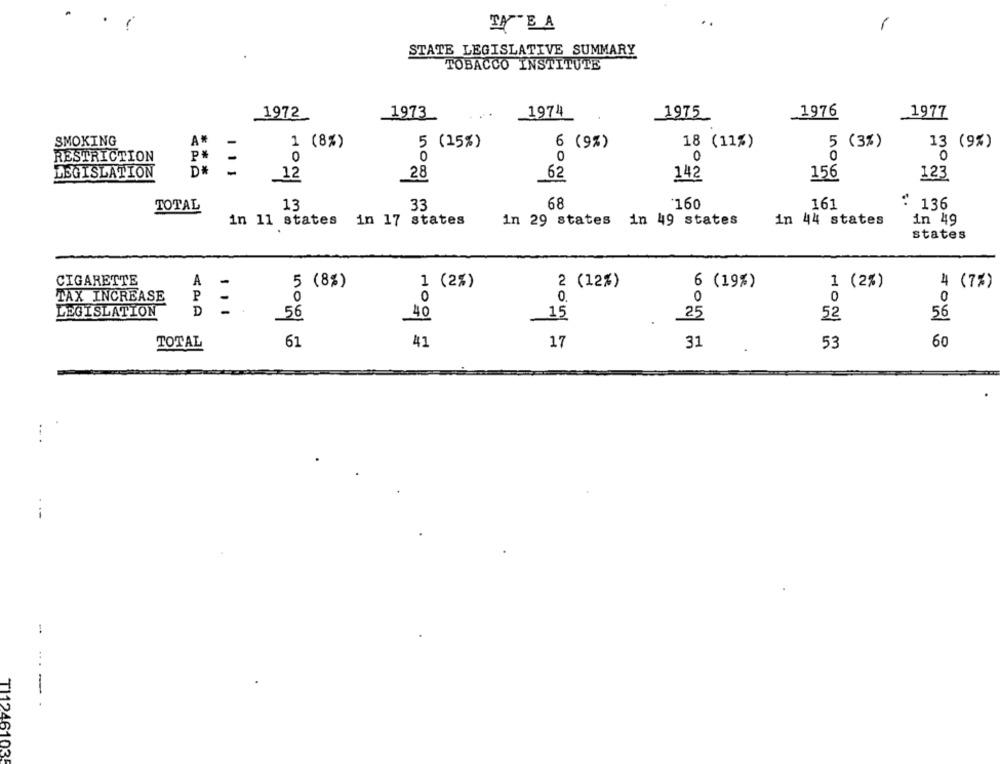
TABA
STATE LEGISLATIVE SUMMARY
TOBACCO INSTITUTE
1972
1973
1974
1976
1977
1975
SMOKING
A#
1 (8%)
5 ( 15% )
6 (9%)
18 (11%)
5 (3%)
13 (9%)
RESTRICTION
P#
-
0
0
0
0
0
0
LEGISLATION
D#
12
28
142
156
123
62
TOTAL
13
33
68
`160
161
: 136
in 11 states in 17 states
in 29 states in 49 states
in 44 states
in 49
states
CIGARETTE
A
4 (7%)
5 (8%)
1 (2%)
2 (12%)
6 (19%)
1 (2%)
TAX INCREASE
P-
0
0
0.
0
0
0
LEGISLATION
D
56
40
15
25
52
56
61
41
17
31
53
60
TOTAL
T11246103